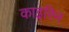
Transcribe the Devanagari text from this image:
काइरिन